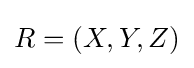
R=(X,Y,Z)